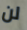
لن